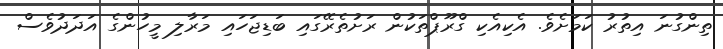
ތިންގުނަ އިތުރު ކަމަށެވެ. އެކިއެކި ގްރޫޕްތަކުން ރަށުތެރޭގައި ބަޑިޖަހައި މަރާލި މީހުންގެ އަދަދުވެސް